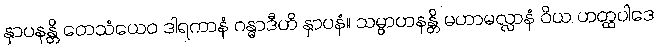
နှာပနန္တိ တေသံယေဝ ဒါရကာနံ ဂန္ဓာဒီဟိ နှာပနံ။ သမ္ဗာဟနန္တိ မဟာမလ္လာနံ ဝိယ ဟတ္ထပါဒေ